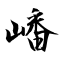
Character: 嶓